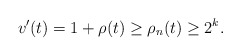
\begin{align*}v'(t) = 1 + \rho(t) \geq \rho_n (t) \geq 2^k.\end{align*}